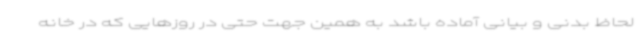
لحاظ بدنی و بیانی آماده باشد به همین جهت حتی در روزهایی که در خانه